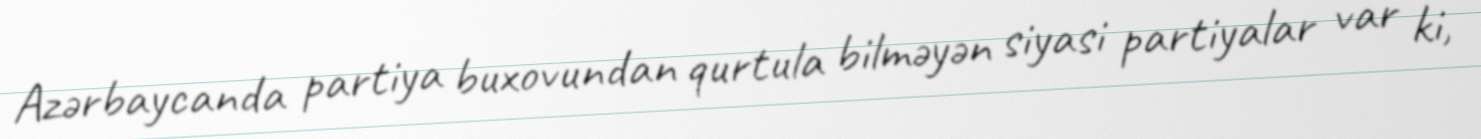
Azərbaycanda partiya buxovundan qurtula bilməyən siyasi partiyalar var ki,